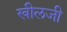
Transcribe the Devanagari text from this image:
खीलजी